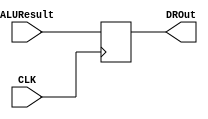
`timescale 1ns / 1ps

module ALUOutDR(
    input CLK,
    input[31:0] ALUResult,
    output reg[31:0] DROut
    );
    
    reg[31:0] ALUOutDR;
    
    initial
    begin
        ALUOutDR=32'b0;
    end
    
    always@(negedge CLK)
    begin
        DROut<=ALUOutDR;
    end
    
    always@(ALUResult)
    begin
        ALUOutDR=ALUResult;
    end
endmodule